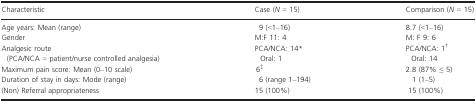
| Characteristic | Case (N = 15) | Comparison (N = 15) |
 | --- | --- | --- |
 | Age years: Mean (range) | 9 (<1–16) | 8.7 (<1–16) |
 | Gender | M:F 11: 4 | M: F 9: 6 |
 | Analgesic route(PCA/NCA = patient/nurse controlled analgesia) | PCA/NCA: 14aOral: 1 | PCA/NCA: 1bOral: 14 |
 | Maximum pain score: Mean (0–10 scale) | 6c | 2.8 (87% ≤ 5) |
 | Duration of stay in days: Mode (range) | 6 (range 1–194) | 1 (1–5) |
 | (Non) Referral appropriateness | 15 (100%) | 15 (100%) |